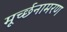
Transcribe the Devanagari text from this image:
मूर्च्छनामरण